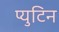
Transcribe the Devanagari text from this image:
प्युटिन